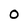
Character: 0